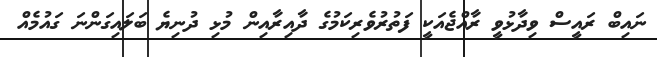
ނައިބް ރައީސް ވިދާޅުވީ ރާއްޖެއަކީ ފަތުރުވެރިކަމުގެ ދާއިރާއިން މުޅި ދުނިޔެ ބަލައިގަންނަ ގައުމެއް